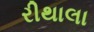
રીથાલા